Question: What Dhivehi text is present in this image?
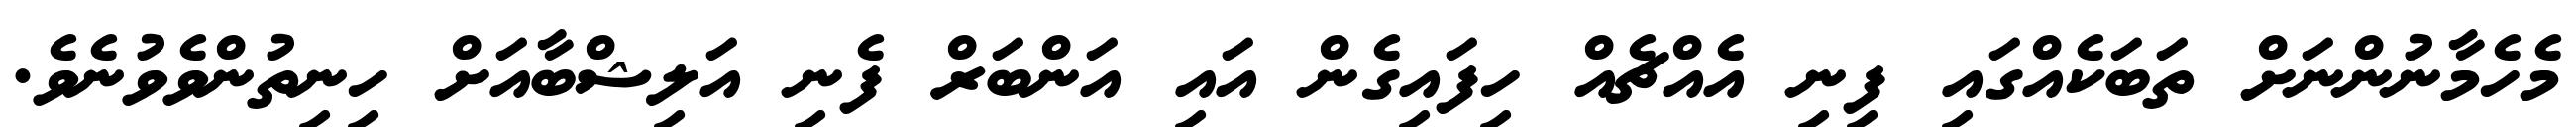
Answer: މެހެމާނުންނަށް ތަބަކެއްގައި ފިނި އެއްޗެއް ހިފައިގެން އައި އަންބަރް ފެނި އަލިޝްބާއަށް ހިނިތުންވެވުނެވެ.